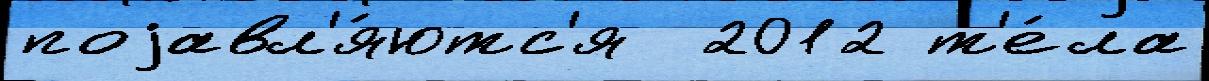
поjавл'я́ютс'я  2012 т'е́ла